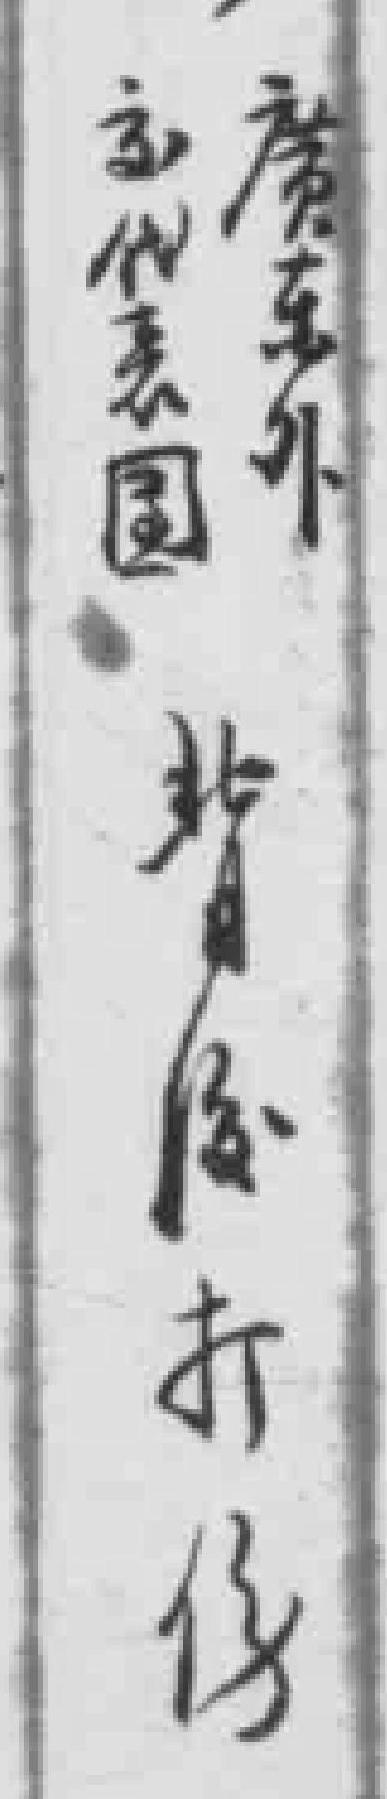
*代表團背*打伤